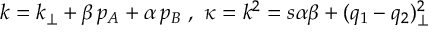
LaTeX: k = k _ { \perp } + \beta \, p _ { A } + \alpha \, p _ { B } \, \, , \, \, \kappa = k ^ { 2 } = s \alpha \beta + ( q _ { 1 } - q _ { 2 } ) _ { \perp } ^ { 2 }